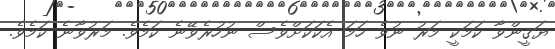
ޔަޤީންވާ ކަމަކީ މަރު ނުވެ ހަމަ އެކަކަށްވެސް ނުހުރެވޭނެ ކަމެވެ. މަރުވާނެ ކަމެވެ.